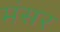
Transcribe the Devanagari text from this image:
मंसर